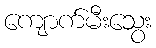
ကျောက်မီးသွေး